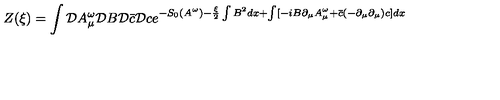
Z ( \xi ) = \int { \cal D } A _ { \mu } ^ { \omega } { \cal D } B { \cal D } \bar { c } { \cal D } c e ^ { - S _ { 0 } ( A ^ { \omega } ) - \frac { \xi } { 2 } \int B ^ { 2 } d x + \int [ - i B \partial _ { \mu } A _ { \mu } ^ { \omega } + \bar { c } ( - \partial _ { \mu } \partial _ { \mu } ) c ] d x }